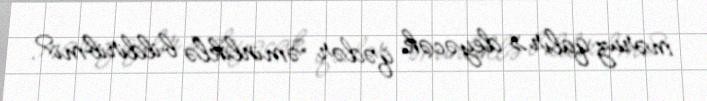
məruz qalır» deyəcək qədər əminliklə bildiribmi?.